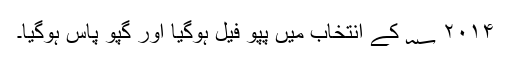
۲۰۱۴ ؁ کے انتخاب میں پپو فیل ہوگیا اور گپو پاس ہوگیا۔